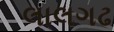
લાલગઢ